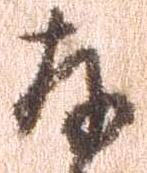
存